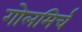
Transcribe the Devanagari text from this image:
गोलमिर्च